Report of the Indian Hemp Drugs Commission, 1894-1895 - Volume VI
Year: 1894
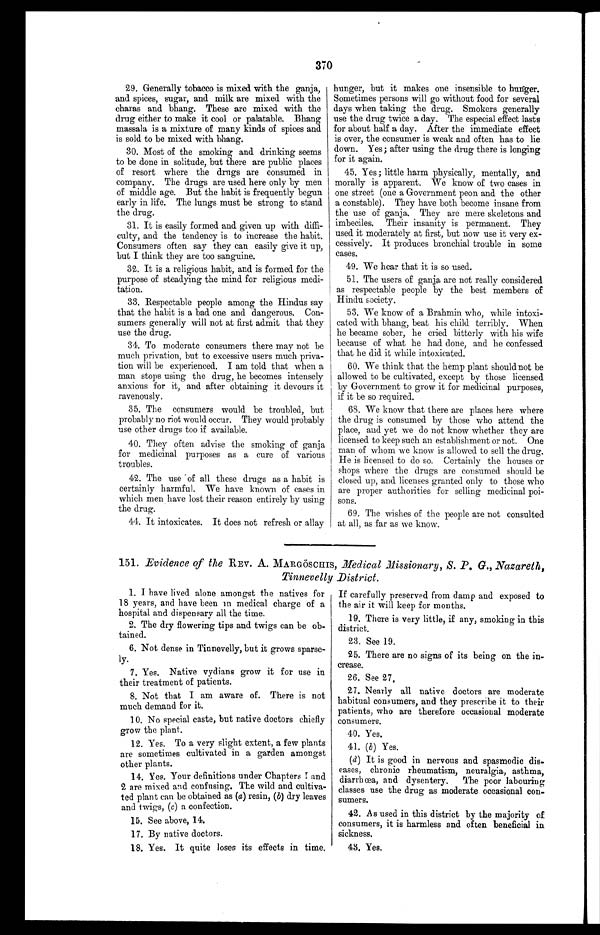
370
29. Generally tobacco is mixed with the ganja,
and spices, sugar, and milk are mixed with the
charas and bhang. These are mixed with the
drug either to make it cool or palatable. Bhang
massala is a mixture of many kinds of spices and
is sold to be mixed with bhang.
30. Most of the smoking and drinking seems
to be done in solitude, but there are public places
of resort where the drugs are consumed in
company. The drugs are used here only by men
of middle age. But the habit is frequently begun
early in life. The lungs must be strong to stand
the drug.
31. It is easily formed and given up with diffi-
culty, and the tendency is to increase the habit.
Consumers often say they can easily give it up,
but I think they are too sanguine.
32. It is a religious habit, and is formed for the
purpose of steadying the mind for religious medi-
tation.
33. Respectable people among the Hindus say
that the habit is a bad one and dangerous. Con-
sumers generally will not at first admit that they
use the drug.
34. To moderate consumers there may not be
much privation, but to excessive users much priva-
tion will be experienced. I am told that when a
man stops using the drug, he becomes intensely
anxious for it, and after obtaining it devours it
ravenously.
35. The consumers would be troubled, but
probably no riot would occur. They would probably
use other drugs too if available.
40. They often advise the smoking of ganja
for medicinal purposes as a cure of various
troubles.
42. The use of all these drugs as a habit is
certainly harmful. We have known of cases in
which men have lost their reason entirely by using
the drug.
44. It intoxicates. It does not refresh or allay
hunger, but it makes one insensible to hunger.
Sometimes persons will go without food for several
days when taking the drug. Smokers generally
use the drug twice a day. The especial effect lasts
for about half a day. After the immediate effect
is over, the consumer is weak and often has to lie
down. Yes; after using the drug there is longing
for it again.
45. Yes ; little harm physically, mentally, and
morally is apparent. We know of two cases in
one street (one a Government peon and the other
a constable). They have both become insane from
the use of ganja. They are mere skeletons and
imbeciles. Their insanity is permanent.
They used it moderately at first, but now use it very ex-
cessively. It produces bronchial trouble in some
cases.
49. We hear that it is so used.
51. The users of ganja are not really considered
as respectable people by the best members of
Hindu society.
53. We know of a Brahmin who, while intoxi-
cated with bhang, beat his child terribly. When
he became sober, he cried bitterly with his wife
because of what he had done, and lie confessed
that he did it while intoxicated.
60. We think that the hemp plant should not be
allowed to be cultivated, except by those licensed
by Government to grow it for medicinal purposes,
if it be so required.
68. We know that there are places here where
I the drug is consumed by those who attend the
place, and yet we do not know whether they are
licensed to keep such an establishment or not. One
man of whom we know is allowed to sell the drug.
He is licensed to do so. Certainly the houses or
shops where the drugs are consumed should be
closed up, and. licenses granted only to those who
are proper authorities for selling medicinal poi-
sons.
69. The wishes of the people are not consulted
at all, as far as we know.
151. Evidence of the REV. A. MARGÖSCHIS, Medical Missionary, S. P. G., Nazareth,
Tinnevelly District.
1. I have lived alone amongst the natives for
18 years, and have been in medical charge of a
hospital and dispensary all the time.
2. The dry flowering tips and twigs can be ob-
tained.
6. Not dense in Tinnevelly, but it grows sparse-
ly.
7. Yes. Native vydians grow it for use in
their treatment of patients.
8. Not that I am aware of. There is not
much demand for it.
1 0. No special caste, but native doctors chiefly
grow the plant.
12. Yes. To a very slight extent, a few plants
are sometimes cultivated in a garden amongst
other plants.
14. Yes. Your definitions under Chapters 1 and
2 are mixed and confusing. The wild and cultiva-
ted plant can be obtained as (a) resin, (b) dry leaves
and twigs, (c) a confection.
15. See above, 14.
17. By native doctors.
18. Yes. It quite loses its effects in time.
If carefully preserved from damp and exposed to
the air it will keep for months.
19. There is very little, if any, smoking in this
district.
23. See 19.
25. There are no signs of its being on the in-
crease.
26. See 27.
27. Nearly all native doctors are moderate
habitual consumers, and they prescribe it to their
patients, who are therefore occasional moderate
consumers.
40. Yes.
41. (b) Yes.
( d ) I t i s g o o d i n n e r v o u s a n d s p a s m o d i c d i s - e a s e s , c h r o n i c r h e u m a t i s m , n e u r a l g i a , a s t h m a , d i a r r h œ a , a n d d y s e n t e r y . T h e p o o r l a b o u r i n g c l a s s e s u s e t h e d r u g a s m o d e r a t e o c c a s i o n a l c o n - u m e r s .
V. As used in this district by the majority of
consumers, it is harmless and often beneficial in
sickness.
48. Yes.